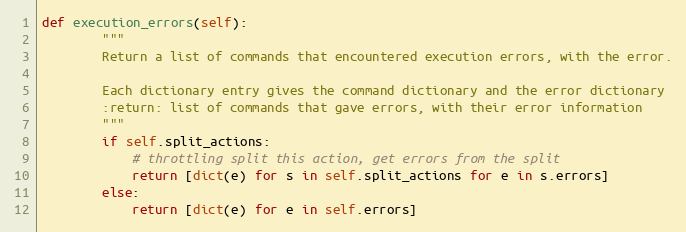
Language: Python
def execution_errors(self):
        """
        Return a list of commands that encountered execution errors, with the error.

        Each dictionary entry gives the command dictionary and the error dictionary
        :return: list of commands that gave errors, with their error information
        """
        if self.split_actions:
            # throttling split this action, get errors from the split
            return [dict(e) for s in self.split_actions for e in s.errors]
        else:
            return [dict(e) for e in self.errors]